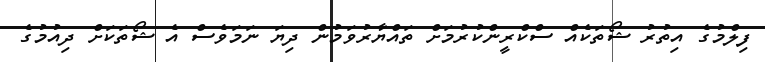
ފިލްމުގެ އިތުރު ޝޯތަކެއް ސްކްރީންކުރުމަށް ތައްޔާރުވަމުން ދިޔަ ނަމަވެސް އެ ޝޯތަކަށް ދިއުމުގެ